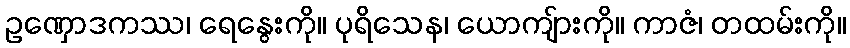
ဥဏှောဒကဿ၊ ရေနွေးကို။ ပုရိသေန၊ ယောကျ်ားကို။ ကာဇံ၊ တထမ်းကို။